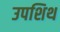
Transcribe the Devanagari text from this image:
उपशिथ